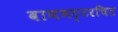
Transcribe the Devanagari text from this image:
बाणभट्टरचित